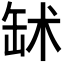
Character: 𦈭